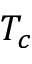
T _ { c }